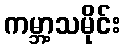
ကမ္ဘာ့သမိုင်း